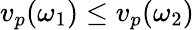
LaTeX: v_{p}(\omega_{1})\leq v_{p}(\omega_{2})